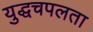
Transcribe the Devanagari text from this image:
युद्धचपलता